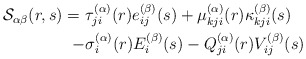
\begin{align*}\begin{aligned}\mathcal{S}_{\alpha\beta}(r,s)=\ & \tau_{ji}^{(\alpha)}(r)e_{ij}^{(\beta)}(s)+\mu_{kji}^{(\alpha)}(r)\kappa_{kji}^{(\beta)}(s)\\- & \sigma_{i}^{(\alpha)}(r)E_{i}^{(\beta)}(s)-Q_{ji}^{(\alpha)}(r)V_{ij}^{(\beta)}(s)\end{aligned}\end{align*}